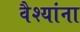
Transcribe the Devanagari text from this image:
वैश्यांना